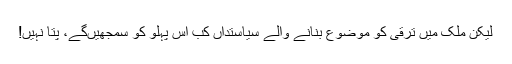
لیکن ملک میں ترقی کو موضوع بنانے والے سیاستداں کب اس پہلو کو سمجھیں‌گے، پتا نہیں!